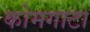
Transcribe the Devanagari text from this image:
कोमगाटा